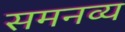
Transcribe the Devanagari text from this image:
समनव्य